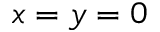
x = y = 0